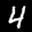
Label: 4